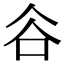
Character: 𧮫